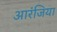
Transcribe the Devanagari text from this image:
आरंजिया